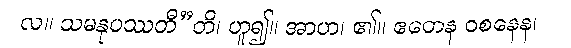
လ။ သမနုပဿတီ”တိ၊ ဟူ၍။ အာဟ၊ ၏။ ဧတေန ဝစနေန၊